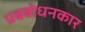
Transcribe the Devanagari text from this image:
प्रबबोधनकार